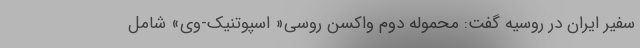
سفیر ایران در روسیه گفت: محموله دوم واکسن روسی« اسپوتنیک-وی» شامل